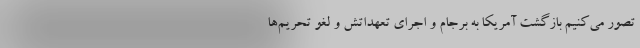
تصور می‌کنیم بازگشت آمریکا به برجام و اجرای تعهداتش و لغو تحریم‌ها